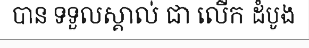
បាន ទទួលស្គាល់ ជា លើក ដំបូង